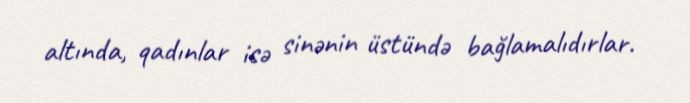
altında, qadınlar isə sinənin üstündə bağlamalıdırlar.